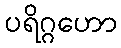
ပရိဂ္ဂဟော